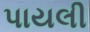
પાયલી